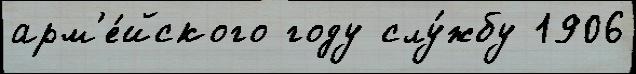
арм'е́йского году слу́жбу 1906